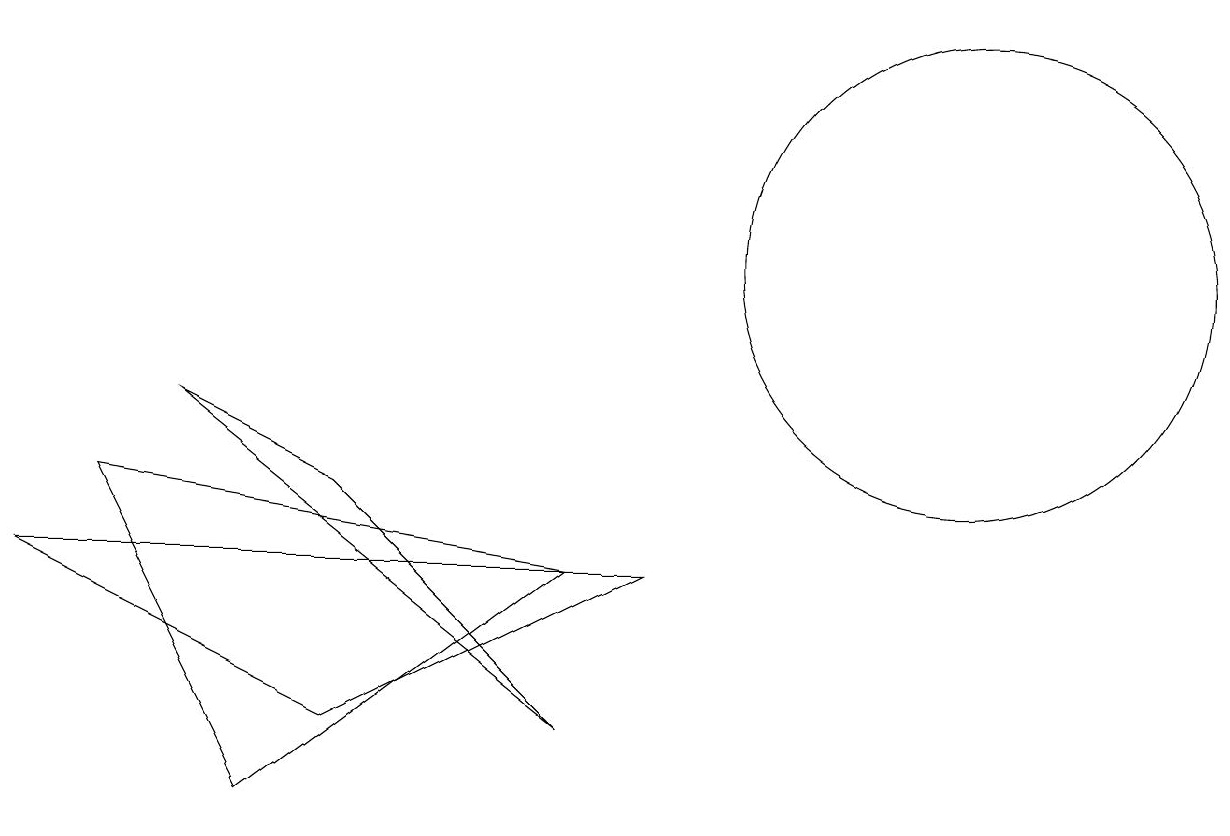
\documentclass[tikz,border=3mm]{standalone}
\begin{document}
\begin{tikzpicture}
\draw (12,11) circle (3);
\draw (0,7) -- (4,5) -- (8,7) -- cycle;
\draw (7,7) -- (1,8) -- (3,4) -- cycle;
\draw (7,5) -- (2,9) -- (4,8) -- cycle;
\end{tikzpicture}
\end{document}